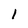
Character: 1